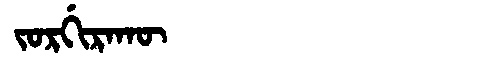
Manchu: ᠵᠣᡵᡤᡳᡵᠠᡴᡡ
Romanization: JORGIRAKŪ